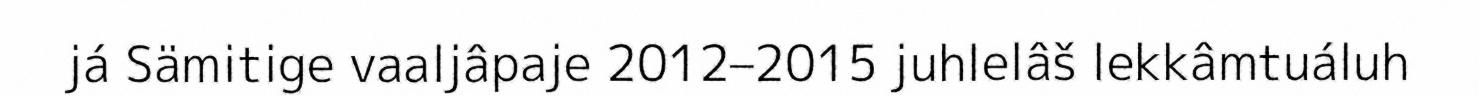
já Sämitige vaaljâpaje 2012–2015 juhlelâš lekkâmtuáluh